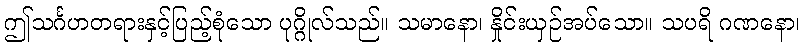
ဤသင်္ဂဟတရားနှင့်ပြည့်စုံသော ပုဂ္ဂိုလ်သည်။ သမာနော၊ နှိုင်းယှဉ်အပ်သော။ သပရိ ဂဏနော၊